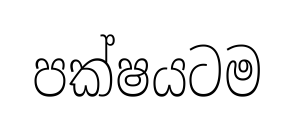
පක්ෂයටම